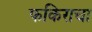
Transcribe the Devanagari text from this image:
फकिराचा